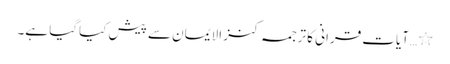
٭…آیاتِ قرانی کا ترجمہ کنز الایمان سے پیش کیاگیا ہے۔